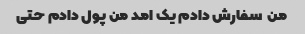
من  سفارش دادم یک امد من پول دادم حتی